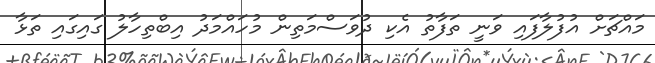
މައްޗަށް އުފުލާފައި ވަނީ ތަފާތު އެކި ދުވަސްމަތިން މުހައްމަދު އިބްތިހާލު ގައިގައި ތަޅާ